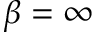
\beta = \infty